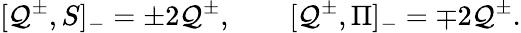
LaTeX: [\mathcal{Q}^{\pm},S]_{-}=\pm2\mathcal{Q}^{\pm},\qquad[\mathcal{Q}^{\pm},\Pi]_{-}=\mp2\mathcal{Q}^{\pm}.